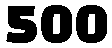
500